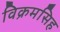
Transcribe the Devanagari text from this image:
विक्रमसिह